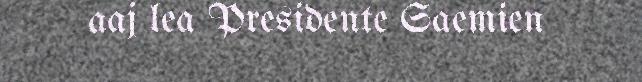
aaj lea Presidente Saemien